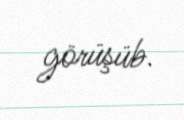
görüşüb.